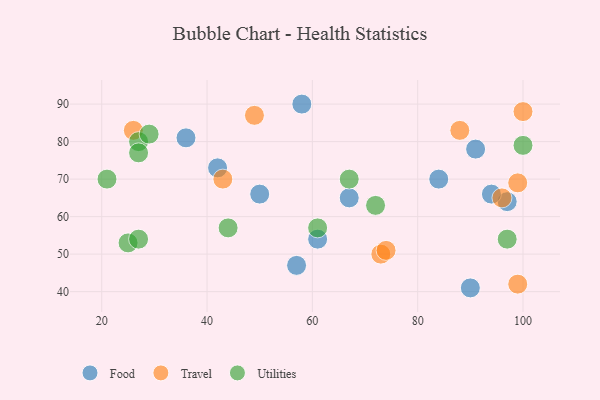
{"axis": {"x": "GDP", "y": "Life Expectancy"}, "legend": ["Food", "Travel", "Utilities"], "data": [{"x": "90", "y": 41, "type": "Food"}, {"x": "42", "y": 73, "type": "Food"}, {"x": "36", "y": 81, "type": "Food"}, {"x": "61", "y": 54, "type": "Food"}, {"x": "97", "y": 64, "type": "Food"}, {"x": "58", "y": 90, "type": "Food"}, {"x": "57", "y": 47, "type": "Food"}, {"x": "84", "y": 70, "type": "Food"}, {"x": "67", "y": 65, "type": "Food"}, {"x": "50", "y": 66, "type": "Food"}, {"x": "91", "y": 78, "type": "Food"}, {"x": "94", "y": 66, "type": "Food"}, {"x": "26", "y": 83, "type": "Travel"}, {"x": "43", "y": 70, "type": "Travel"}, {"x": "73", "y": 50, "type": "Travel"}, {"x": "96", "y": 65, "type": "Travel"}, {"x": "99", "y": 42, "type": "Travel"}, {"x": "99", "y": 69, "type": "Travel"}, {"x": "100", "y": 88, "type": "Travel"}, {"x": "74", "y": 51, "type": "Travel"}, {"x": "49", "y": 87, "type": "Travel"}, {"x": "88", "y": 83, "type": "Travel"}, {"x": "27", "y": 80, "type": "Utilities"}, {"x": "25", "y": 53, "type": "Utilities"}, {"x": "61", "y": 57, "type": "Utilities"}, {"x": "100", "y": 79, "type": "Utilities"}, {"x": "27", "y": 54, "type": "Utilities"}, {"x": "21", "y": 70, "type": "Utilities"}, {"x": "67", "y": 70, "type": "Utilities"}, {"x": "44", "y": 57, "type": "Utilities"}, {"x": "27", "y": 77, "type": "Utilities"}, {"x": "29", "y": 82, "type": "Utilities"}, {"x": "72", "y": 63, "type": "Utilities"}, {"x": "97", "y": 54, "type": "Utilities"}]}